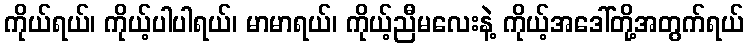
ကိုယ်ရယ်၊ ကိုယ့်ပါပါရယ်၊ မာမာရယ်၊ ကိုယ့်ညီမလေးနဲ့ ကိုယ့်အဒေါ်တို့အတွက်ရယ်